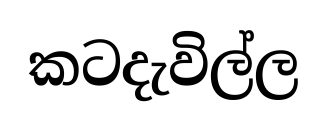
කටදැවිල්ල